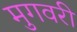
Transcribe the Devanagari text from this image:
मुगवरी